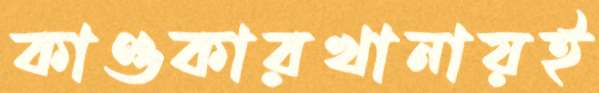
কাণ্ডকারখানায়ই